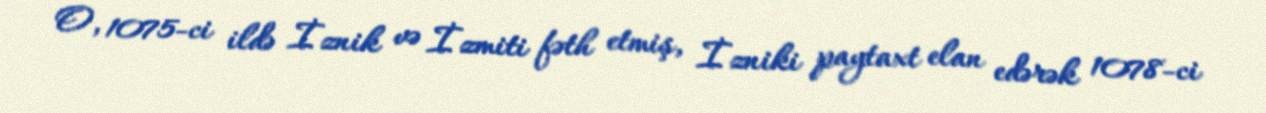
O, 1075-ci ildə İznik və İzmiti fəth etmiş, İzniki paytaxt elan edərək 1078-ci